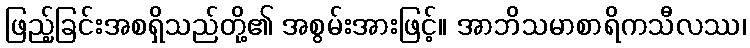
ဖြည့်ခြင်းအစရှိသည်တို့၏ အစွမ်းအားဖြင့်။ အာဘိသမာစာရိကသီလဿ၊